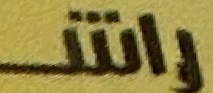
راش